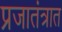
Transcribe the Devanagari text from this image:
प्रजातंत्रात